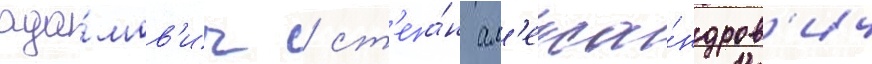
ада́мов'ич / ст'епа́н ал'екса́ндров'ич